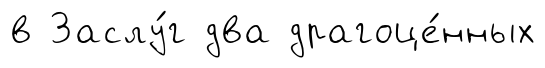
в Заслу́г два драгоце́нных